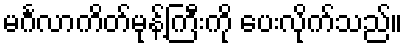
မင်္ဂလာကိတ်မုန့်ကြီးကို ပေးလိုက်သည်။